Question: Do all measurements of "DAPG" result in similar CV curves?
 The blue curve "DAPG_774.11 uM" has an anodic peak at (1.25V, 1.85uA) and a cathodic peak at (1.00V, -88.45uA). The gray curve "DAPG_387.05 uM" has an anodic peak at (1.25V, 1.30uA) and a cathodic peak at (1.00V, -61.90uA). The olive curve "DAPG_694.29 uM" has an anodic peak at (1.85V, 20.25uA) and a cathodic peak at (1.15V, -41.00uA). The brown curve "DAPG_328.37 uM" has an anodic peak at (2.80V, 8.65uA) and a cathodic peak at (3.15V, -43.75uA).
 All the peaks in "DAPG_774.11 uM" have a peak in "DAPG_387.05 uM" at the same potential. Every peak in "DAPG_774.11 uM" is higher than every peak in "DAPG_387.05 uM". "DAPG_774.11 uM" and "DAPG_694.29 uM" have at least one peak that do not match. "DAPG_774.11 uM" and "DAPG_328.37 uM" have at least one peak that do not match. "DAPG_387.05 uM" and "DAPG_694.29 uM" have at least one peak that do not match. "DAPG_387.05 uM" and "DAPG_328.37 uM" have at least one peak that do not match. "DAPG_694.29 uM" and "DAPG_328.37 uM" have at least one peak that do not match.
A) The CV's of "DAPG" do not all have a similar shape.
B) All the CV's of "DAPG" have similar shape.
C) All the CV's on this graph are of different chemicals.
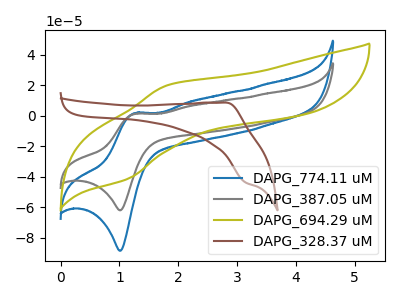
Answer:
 <answer>B) All the CV's of "DAPG" have similar shape.</answer>
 <eval>B</eval>